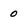
Character: 0